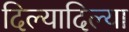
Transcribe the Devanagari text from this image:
दिल्यादिल्या